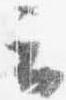
云